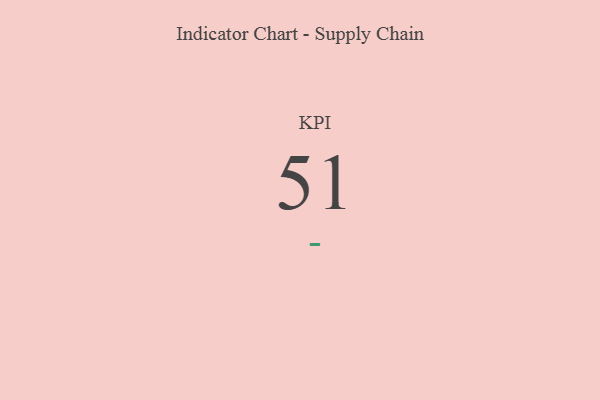
{"axis": {"x": "KPI", "y": "Value"}, "legend": [""], "data": [{"x": "KPI", "y": 51, "type": ""}]}